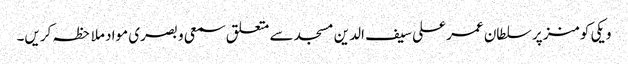
ویکی کومنز پر سلطان عمر علی سیف الدین مسجد سے متعلق سمعی و بصری مواد ملاحظہ کریں۔